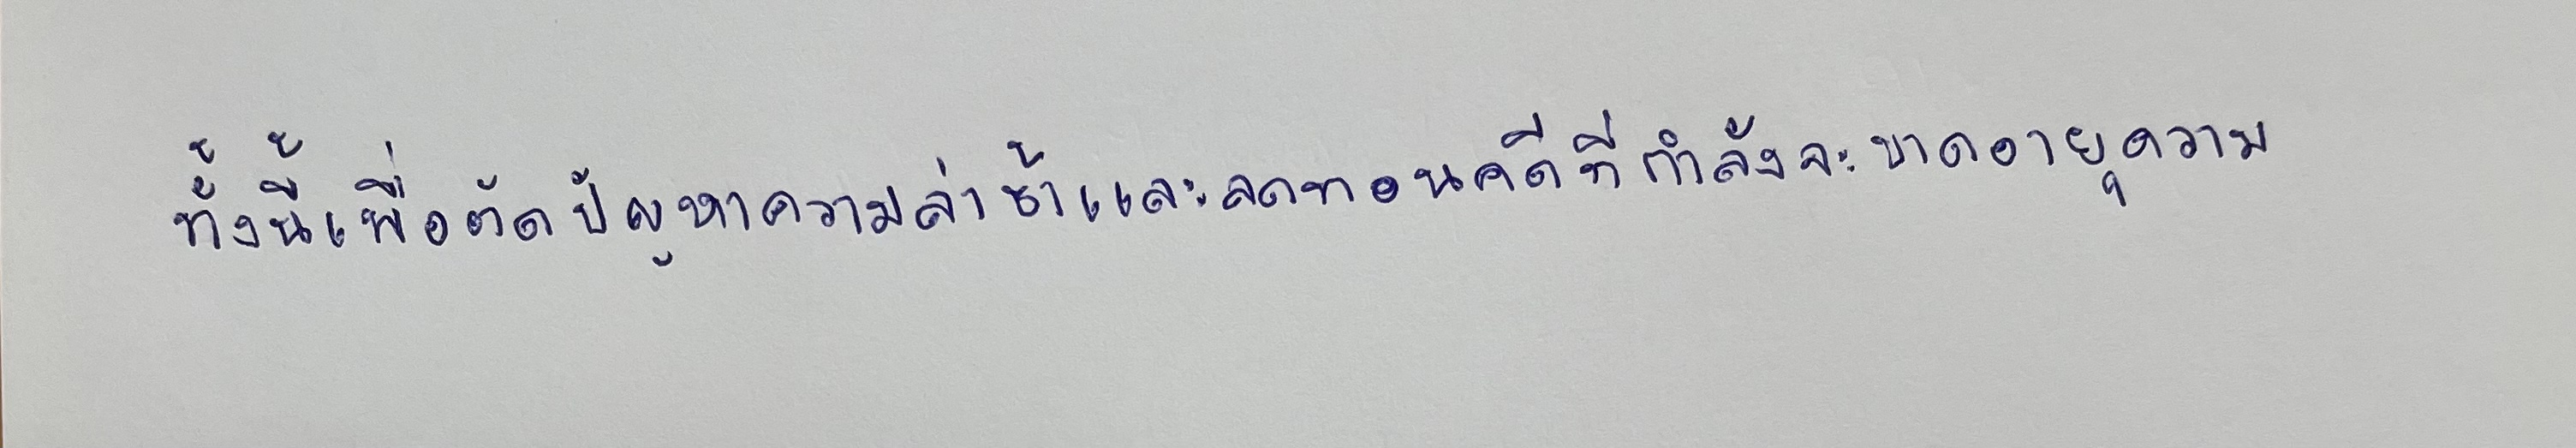
ทั้งนี้เพื่อตัดปัญหาความล่าช้าและลดทอนคดีที่กำลังจะขาดอายุความ